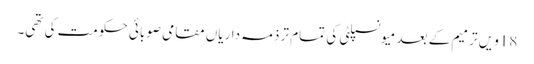
18ویں ترمیم کے بعد میونسپلٹی کی تمام تر ذمہ داریاں مقامی صوبائی حکومت کی تھی۔